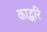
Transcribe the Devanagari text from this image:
काद्बरि